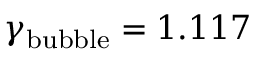
\gamma _ { \mathrm { { b u b b l e } } } = 1 . 1 1 7